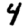
Digit: 4